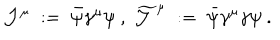
LaTeX: { \mathcal J } ^ { \mu } \; : = \; \bar { \psi } \gamma ^ { \mu } \psi \ , \ \widetilde { { \mathcal J } } ^ { \mu } \; : = \; \bar { \psi } \gamma ^ { \mu } \gamma \psi \ .